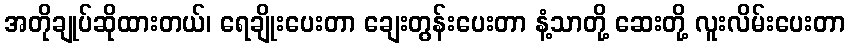
အတိုချုပ်ဆိုထားတယ်၊ ရေချိုးပေးတာ ချေးတွန်းပေးတာ နံ့သာတို့ ဆေးတို့ လူးလိမ်းပေးတာ